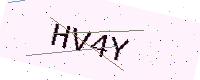
Text: HV4Y